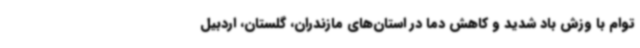
توام با وزش باد شدید و کاهش دما در استان‌های مازندران، گلستان، اردبیل